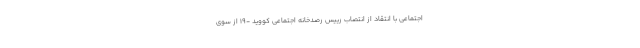
اجتماعی با انتقاد از انتصاب رییس رصدخانه اجتماعی کووید -19 از سوی